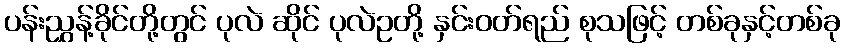
ပန်းညွှန့်ခိုင်တို့တွင် ပုလဲ ဆိုင် ပုလဲဥတို့ နှင်းဝတ်ရည် စုသဖြင့် တစ်ခုနှင့်တစ်ခု